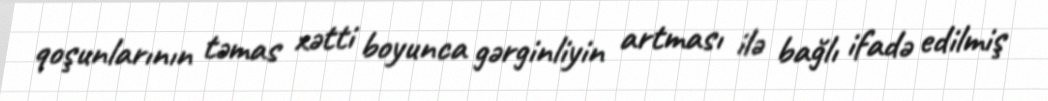
qoşunlarının təmas xətti boyunca gərginliyin artması ilə bağlı ifadə edilmiş